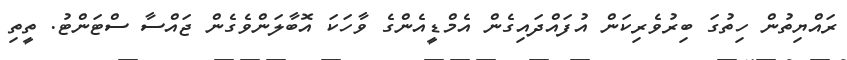
ރައްޔިތުން ހިތުގަ ބިރުވެރިކަން އުފައްދައިގެން އެމްޑީއެންގެ ވާހަކަ އޮބާލަންވެގެން ޖައްސާ ސްޓަންޓު. ތީތި